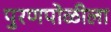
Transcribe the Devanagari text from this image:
पुरणपोळीला